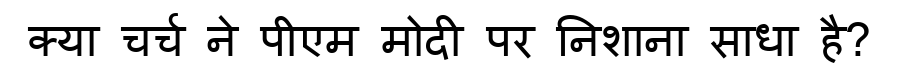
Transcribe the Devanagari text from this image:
क्या चर्च ने पीएम मोदी पर निशाना साधा है?